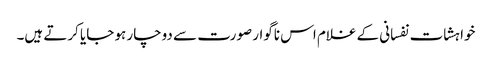
خواہشات نفسانی کے غلام اس ناگوار صورت سے دوچار ہو جایا کرتے ہیں۔